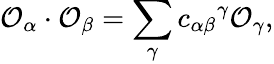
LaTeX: {\cal O}_{\alpha}\cdot{\cal O}_{\beta}=\sum_{\gamma}{c_{\alpha\beta}}^{\gamma}{\cal O}_{\gamma},